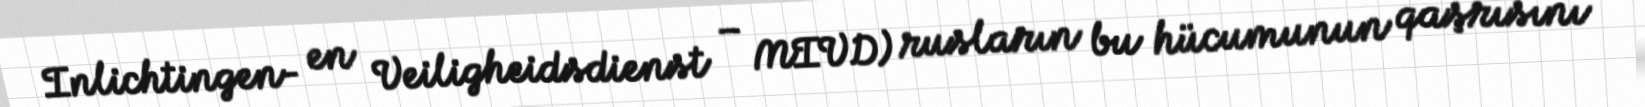
Inlichtingen- en Veiligheidsdienst – MIVD) rusların bu hücumunun qaşrısını